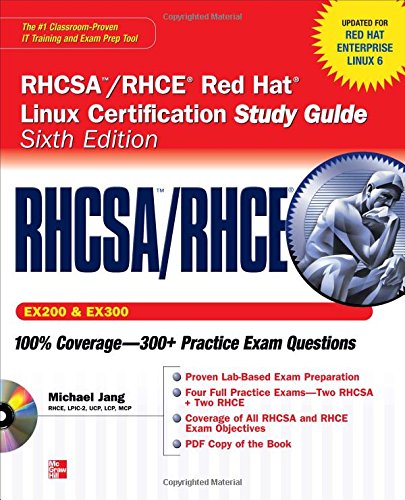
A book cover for RHCSA/RHCE Red Hat Linux Certification Study Guide (Exams EX200 & EX300), 6th Edition (Certification Press); Michael Jang; Computers & Technology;